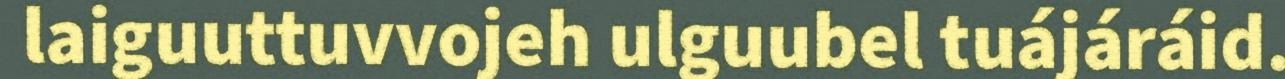
laiguuttuvvojeh ulguubel tuájáráid.